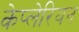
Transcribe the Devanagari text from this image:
केप्लेरियन